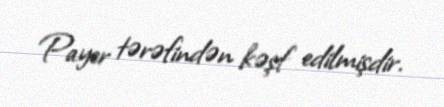
Payer tərəfindən kəşf edilmişdir.